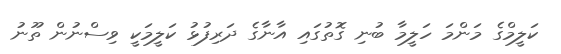
ކަލީމްގެ މަންމަ ހަލީމާ ބުނި ގޮތުގައި އާނާގެ ދަރިފުޅު ކަލީމަކީ ވިސްނުން ތޫނު